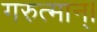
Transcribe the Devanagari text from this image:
गरुत्मान्।